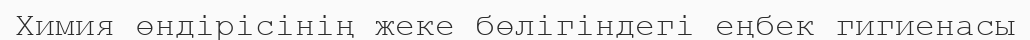
Химия өндірісінің жеке бөлігіндегі еңбек гигиенасы